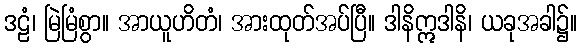
ဒဠံ၊ မြဲမြံစွာ။ အာယူဟိတံ၊ အားထုတ်အပ်ပြီ။ ဒါနိဣဒါနိ၊ ယခုအခါ၌။